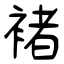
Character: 褚